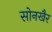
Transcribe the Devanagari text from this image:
सोनखैर